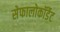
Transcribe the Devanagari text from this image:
सेफालोकॉर्डेट